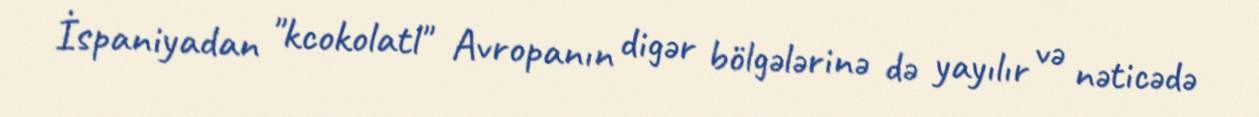
İspaniyadan "kcokolatl" Avropanın digər bölgələrinə də yayılır və nəticədə